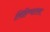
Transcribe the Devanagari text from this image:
लिहिण्यातला